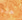
هذه